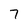
Character: 7